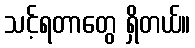
သင့်ရတာတွေ ရှိတယ်။